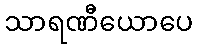
သာရဏီယောပေ